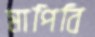
মাপিবি